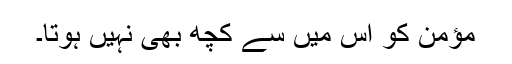
مؤمن کو اس میں سے کچھ بھی نہیں ہوتا۔